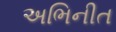
અભિનીત